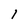
Character: 1